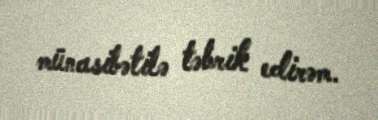
münasibətilə təbrik edirəm.